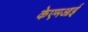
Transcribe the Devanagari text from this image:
केएमआई